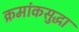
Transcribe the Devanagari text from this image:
क्रमांकसुद्धा